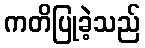
ကတိပြုခဲ့သည်